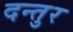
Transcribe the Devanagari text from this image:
दन्तुर